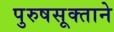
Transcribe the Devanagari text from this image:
पुरुषसूक्ताने